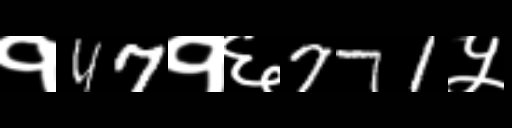
Text: १47१६771५